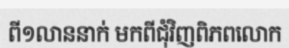
ពី១លាននាក់ មកពីជុំវិញពិភពលោក